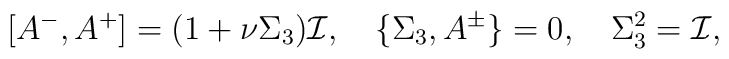
[A^-,A^+]=(1+\nu\Sigma_3){\cal I},\quad\{\Sigma_3,A^\pm\}=0,\quad \Sigma_3^2={\cal I},